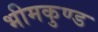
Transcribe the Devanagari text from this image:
भीमकुण्ड